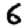
Digit: 6